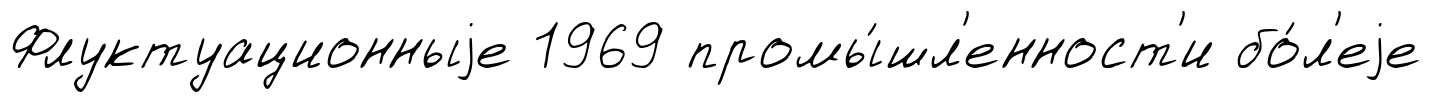
Флуктуационныjе 1969 промы́шл'енност'и бо́л'еjе